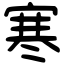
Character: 寒